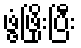
ဖွံ့ဖြိုးပြီး